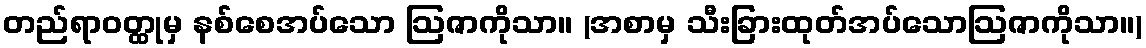
တည်ရာဝတ္ထုမှ နစ်စေအပ်သော ဩဇာကိုသာ။ (အစာမှ သီးခြားထုတ်အပ်သောဩဇာကိုသာ။)